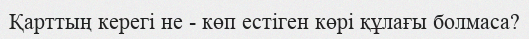
Қарттың керегі не - көп естіген көрі құлағы болмаса?